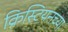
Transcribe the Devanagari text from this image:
क्रिस्टियनच्या